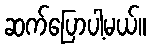
ဆက်ပြောပါ့မယ်။